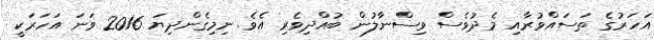
އަހަރުގެ ތަސައްވުރާއި މެދުވެސް ވިސްނާލުން ބުއްދިވެރި އެވެ. ނިމިގެންދިޔަ 2016 ވަނަ އަހަރަކީ